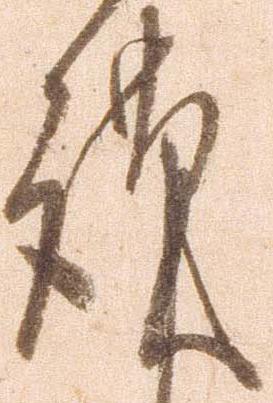
謹